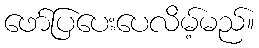
ဖော်ပြပေးပေလိမ့်မည်။